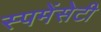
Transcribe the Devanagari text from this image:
स्पमेंसेटी